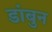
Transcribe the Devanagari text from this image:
डांबुन